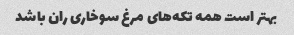
بهتر است همه تکه‌های مرغ سوخاری ران باشد